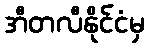
အီတလီနိုင်ငံမှ